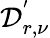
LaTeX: \mathcal{D}_{r,\nu}^{'}